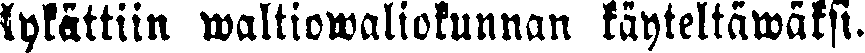
lykättiin waltiowaliokunnan käyteltäwäksi.